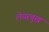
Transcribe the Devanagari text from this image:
लेयरबुख